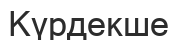
Күрдекше